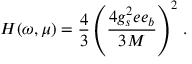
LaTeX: H ( \omega , \mu ) = \frac { 4 } { 3 } \left( \frac { 4 g _ { s } ^ { 2 } e e _ { b } } { 3 M } \right) ^ { 2 } \, .